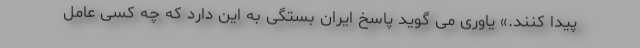
پیدا کنند.» یاوری می گوید پاسخ ایران بستگی به این دارد که چه کسی عامل